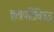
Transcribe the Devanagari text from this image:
छत्रपतिंविरुद्ध